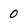
Character: 0